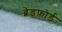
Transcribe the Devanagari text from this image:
ब्रेडफ़ोर्ड